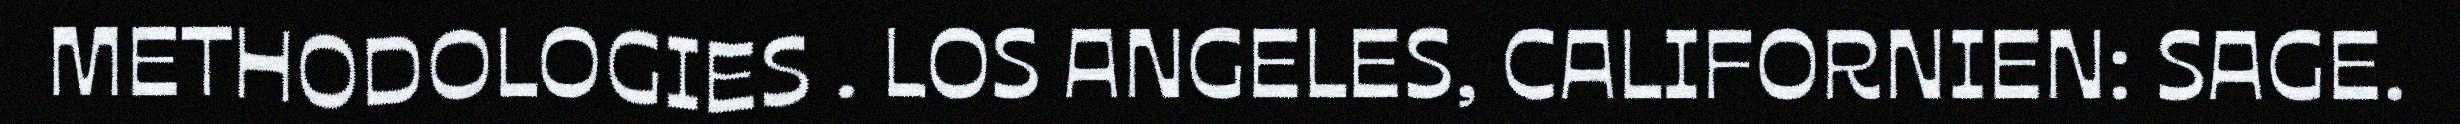
METHODOLOGIES . LOS ANGELES, CALIFORNIEN: SAGE.